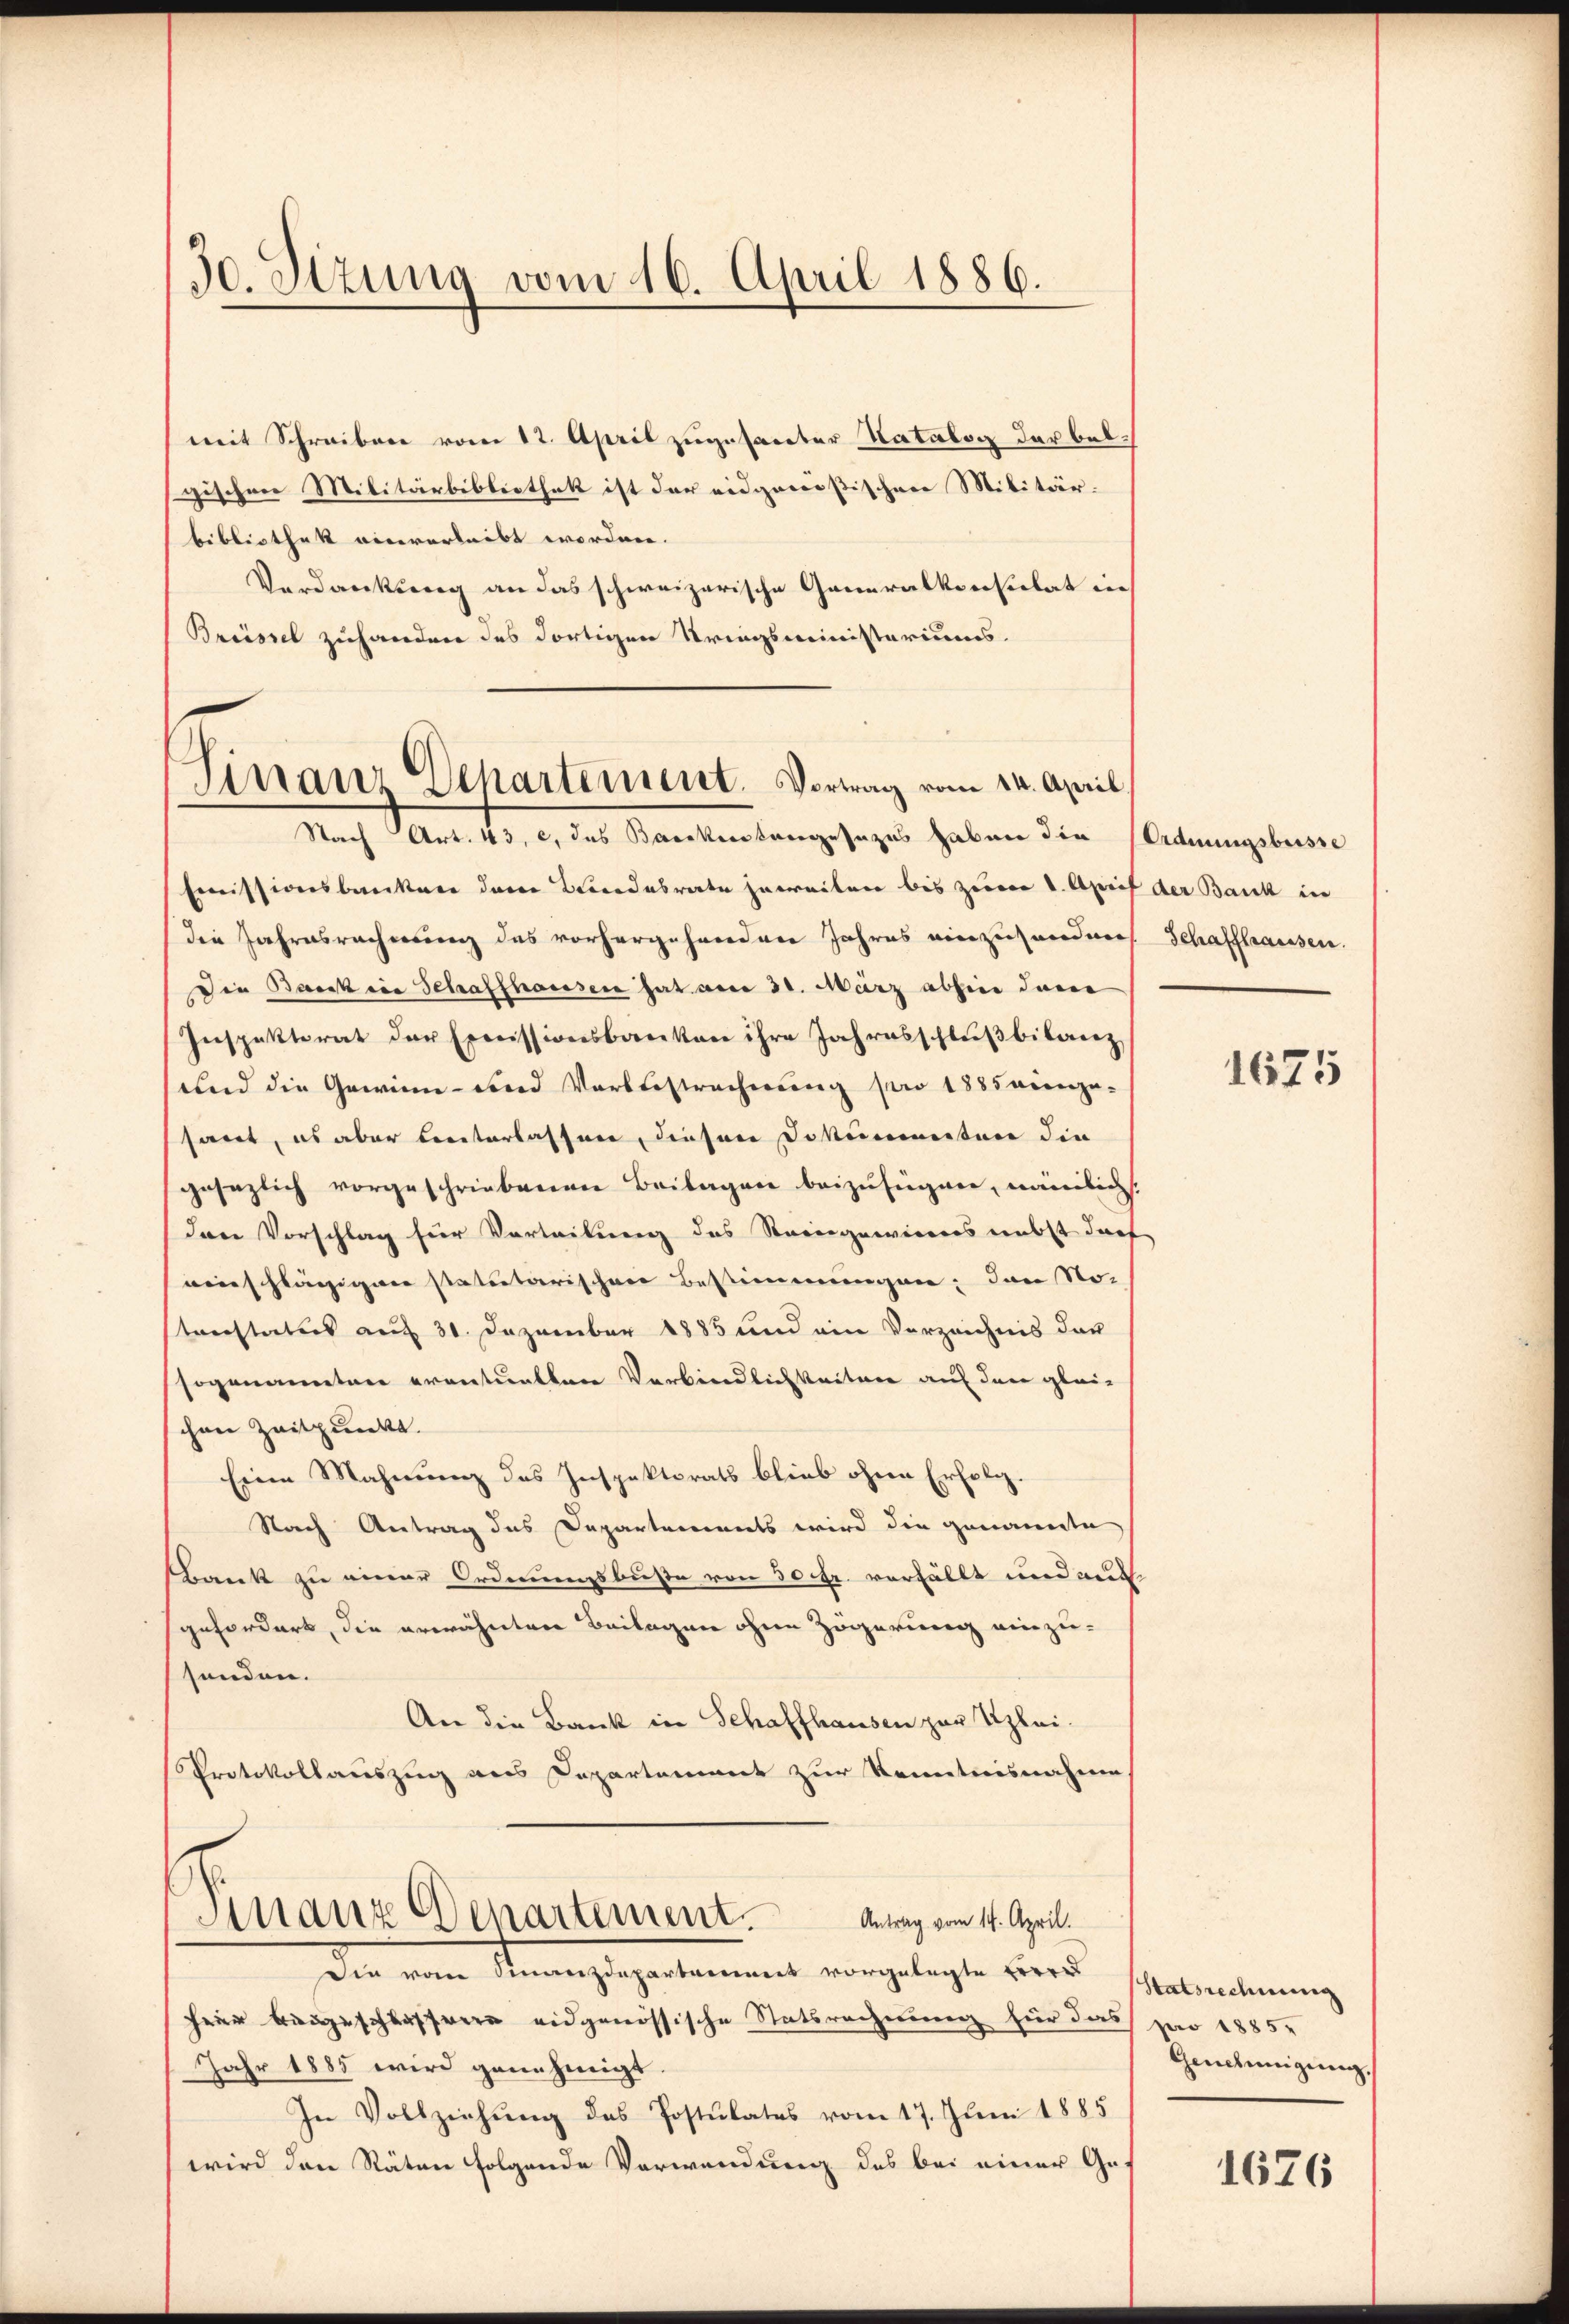
30. Stzung vom 16. April 1886.

mit Schreiben vom 12. April zugesacter Natalog darbeigischen Militärbibliothek ist der eidgenößischen Militär.
bibliothek einverleibt worden.
Verdankung an das schweizerische Generalkonsulat in
Brüssel zuhandere des dortigen Stringsministeriums.

Sinanz Dehartement. Vortrag vom 14. April
Nach Art. 43, c. das Bankenstangesezes haben die Ordnungsbesse

Emmissionsbanken der Bondesrate jeweilen bis zween 1. April der Bank in
die Jahresrechnung des vorhergehrenden Jahres einzuhanderes Schaffhausen.
Die Barck in Schaffhausen hat am 31. März abhin dane
Inspektorat der Ernissionsbanken ihre Jahresschlŭβbilanz
und die Gewinn- und Vorbeestrechnung pro 1885 neinge-
sart, es aber beiterlassen, diesen Dokumenten die
gesezlich vorgeschriebenen Beilagen beizufügen, nämlichs
dare Vorschlag für Vorteilung des Raiengewiesers nebst darf
einschlägiger statutarischen Bestimmungen; dann No-
sterstatis auf 30. Dezember 1885 und ein Verzeichnis der
sogenannten eventualten Verbindlichkeitern auf der gleischen Zeitpunkt.
Eine Mahnung des Inspektorats blieb ohne Erfolg.
Nach Antrag des Departements wird die genannte
Bank zu einer Ordnungsbuße von 30 fr. verfällt und auf
gefordert, die erwähnten Beilagen ohne Zögerung einzu-
senden.
An die Bank in Schaffhausen zur Uzlei-
Protokollauszug aus Departement zur Kenntnisnahme
Finanz Departement. Antrag vom 17. April.
Die von Sennzeigentement vorgelegte wird
feier bangeschlassene eidgenössische Statsrechnung für das pro 1885.
Jahr 1885 wird genehmigt.
In Vollziehung des Postulates vom 17. Juni 1885
wird den Räten folgende Verwendung des bei einer Ge-

1675

Statsrechnung
Genehmigŭng,

1676